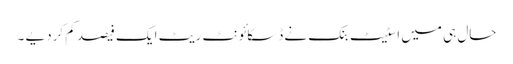
حال ہی میں اسٹیٹ بنک نے ڈسکائونٹ ریٹ ایک فیصد کم کردیے ۔